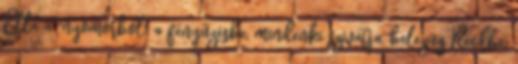
Ella a "nyomorból" a fényűzésbe, mindenki szivatja, belezúg Reedbe,